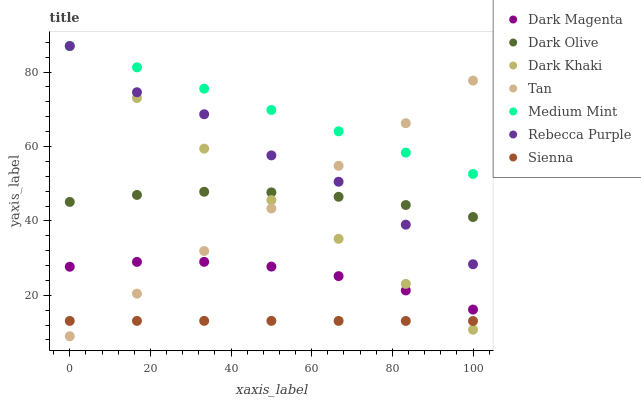
| xaxis_label | Dark Magenta | Dark Olive | Dark Khaki | Tan | Medium Mint | Rebecca Purple | Sienna |
 | --- | --- | --- | --- | --- | --- | --- | --- |
 | 0 | 27.7 | 45.1 | 87 | 9 | 87 | 87 | 13.1 |
 | 16.7 | 29 | 47 | 73 | 20.5 | 81.3 | 74.6 | 13.1 |
 | 33.3 | 29 | 47.8 | 59.4 | 31.9 | 75.5 | 68.7 | 13.1 |
 | 50 | 27.7 | 47.7 | 45.6 | 43.4 | 69.8 | 57.6 | 13.1 |
 | 66.7 | 25.2 | 46.5 | 35.2 | 54.8 | 64.1 | 50.5 | 13.1 |
 | 83.3 | 21.3 | 44.3 | 23.1 | 66.3 | 58.4 | 39 | 13.1 |
 | 100 | 16.2 | 41 | 10.8 | 77.7 | 52.6 | 28.4 | 13.1 |